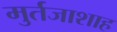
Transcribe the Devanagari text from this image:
मुर्तजाशाह